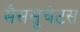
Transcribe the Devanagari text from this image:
मैससुचेटस